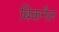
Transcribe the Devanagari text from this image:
बिकनैल